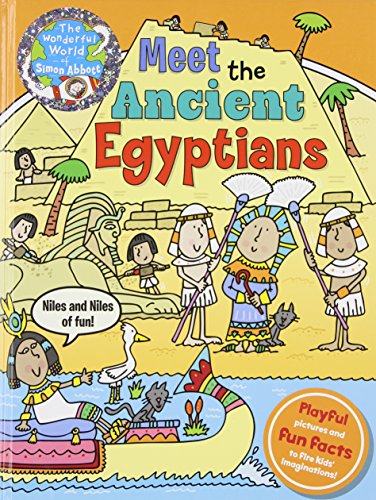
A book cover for Meet the Ancient Egyptians: Niles and Niles of Fun (The Wonderful World of Simon Abbott); Simon Abbott; Children's Books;